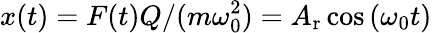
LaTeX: x(t)=F(t)Q/(m\omega_{0}^{2})=A_{\mathrm{r}}\cos{(\omega_{0}t)}